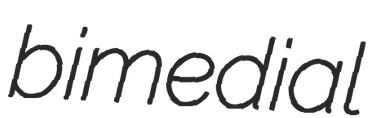
bimedial